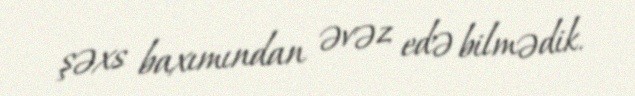
şəxs baxımından əvəz edə bilmədik.